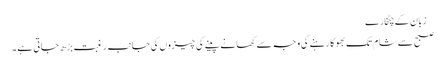
 زبان کے چٹخارے
صبح سے شام تک بھوکا رہنے کی وجہ سے کھانے پینے کی چیزوں کی جانب رغبت بڑ ھ جاتی ہے ۔